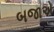
બજાએ